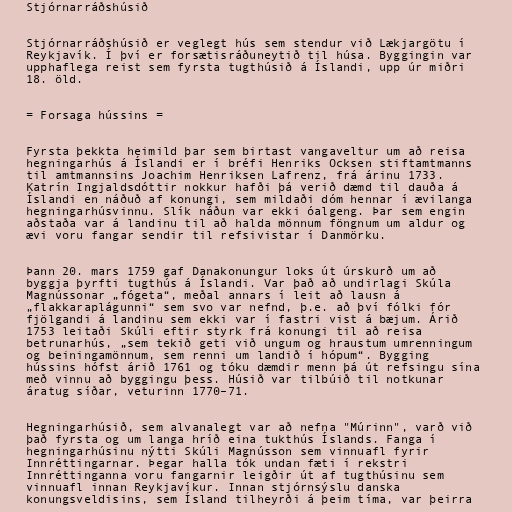
Stjórnarráðshúsið

Stjórnarráðshúsið er veglegt hús sem stendur við Lækjargötu í
Reykjavík. Í því er forsætisráðuneytið til húsa. Byggingin var
upphaflega reist sem fyrsta tugthúsið á Íslandi, upp úr miðri
18. öld.

= Forsaga hússins =

Fyrsta þekkta heimild þar sem birtast vangaveltur um að reisa
hegningarhús á Íslandi er í bréfi Henriks Ocksen stiftamtmanns
til amtmannsins Joachim Henriksen Lafrenz, frá árinu 1733.
Katrín Ingjaldsdóttir nokkur hafði þá verið dæmd til dauða á
Íslandi en náðuð af konungi, sem mildaði dóm hennar í ævilanga
hegningarhúsvinnu. Slík náðun var ekki óalgeng. Þar sem engin
aðstaða var á landinu til að halda mönnum föngnum um aldur og
ævi voru fangar sendir til refsivistar í Danmörku.

Þann 20. mars 1759 gaf Danakonungur loks út úrskurð um að
byggja þyrfti tugthús á Íslandi. Var það að undirlagi Skúla
Magnússonar „fógeta“, meðal annars í leit að lausn á
„flakkaraplágunni“ sem svo var nefnd, þ.e. að því fólki fór
fjölgandi á landinu sem ekki var í fastri vist á bæjum. Árið
1753 leitaði Skúli eftir styrk frá konungi til að reisa
betrunarhús, „sem tekið geti við ungum og hraustum umrenningum
og beiningamönnum, sem renni um landið í hópum“. Bygging
hússins hófst árið 1761 og tóku dæmdir menn þá út refsingu sína
með vinnu að byggingu þess. Húsið var tilbúið til notkunar
áratug síðar, veturinn 1770–71.

Hegningarhúsið, sem alvanalegt var að nefna "Múrinn", varð við
það fyrsta og um langa hríð eina tukthús Íslands. Fanga í
hegningarhúsinu nýtti Skúli Magnússon sem vinnuafl fyrir
Innréttingarnar. Þegar halla tók undan fæti í rekstri
Innréttinganna voru fangarnir leigðir út af tugthúsinu sem
vinnuafl innan Reykjavíkur. Innan stjórnsýslu danska
konungsveldisins, sem Ísland tilheyrði á þeim tíma, var þeirra